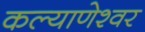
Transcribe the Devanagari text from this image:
कल्याणेश्वर